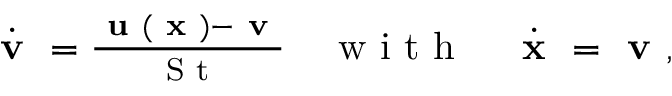
\begin{array} { r } { \dot { \textbf { v } } = \frac { \textbf { u } ( \textbf { x } ) - \textbf { v } } { \textrm { S t } } \quad \mathrm { ~ w ~ i ~ t ~ h ~ } \quad \dot { \textbf { x } } = \textbf { v } , } \end{array}